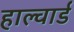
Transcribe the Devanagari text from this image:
हाल्वार्ड